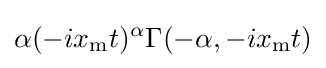
\alpha (-ix_{\mathrm {m} }t)^{\alpha }\Gamma (-\alpha ,-ix_{\mathrm {m} }t)